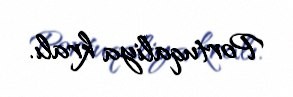
Portuqaliya kralı.